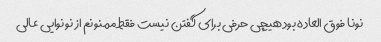
نونا فوق العاده بود هیچی حرفی برای گفتن نیست فقط ممنونم از نونوایی عالی